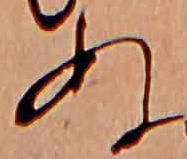
ぬ